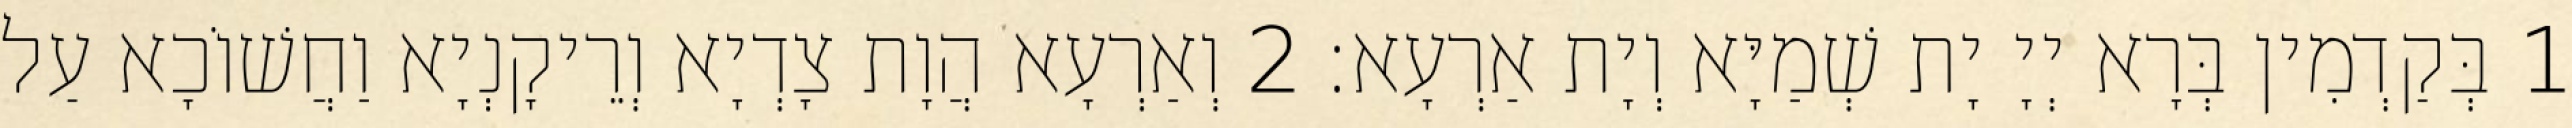
1 בְּקַדְמִין בְּרָא יְיָ יָת שְׁמַיָּא וְיָת אַרְעָא׃ 2 וְאַרְעָא הֲוָת צָדְיָא וְרֵיקָנְיָא וַחֲשׁוֹכָא עַל